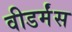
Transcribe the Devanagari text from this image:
वीडर्मंस